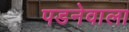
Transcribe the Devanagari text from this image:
पडनेवाला